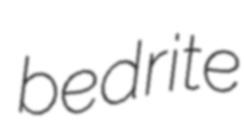
bedrite